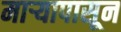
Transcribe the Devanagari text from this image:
माऱ्यापासून